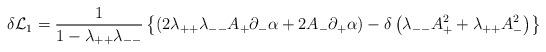
LaTeX: \begin{align*}\delta{\cal L}_1 = {1\over{1-\lambda_{++}\lambda_{--}}}\left\{\left(2\lambda_{++}\lambda_{--}A_+\partial_-\alpha + 2A_-\partial_+\alpha\right)-\delta\left(\lambda_{--}A_+^2+\lambda_{++}A_-^2\right)\right\}\end{align*}